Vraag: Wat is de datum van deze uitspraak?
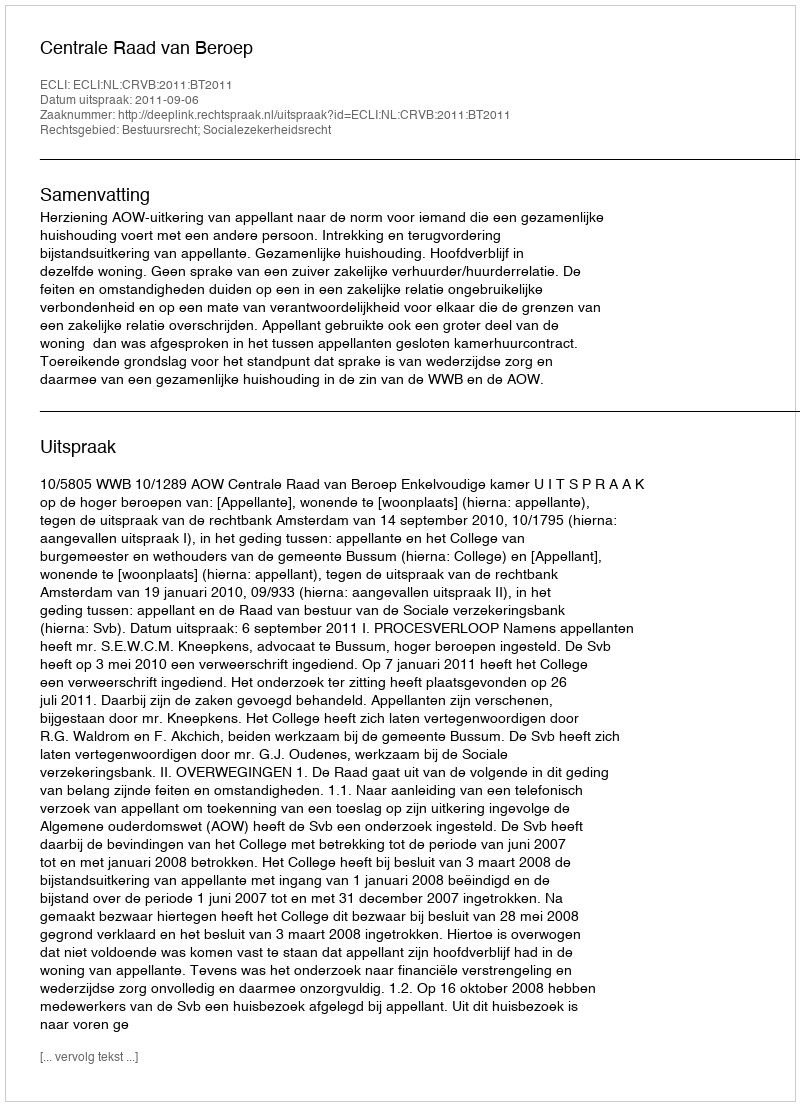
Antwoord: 2011-09-06